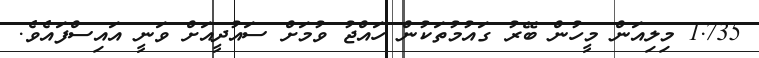
1.735 މިލިއަން މީހުން ބޭރު ގައުމުތަކުން ހައްޖު ވުމަށް ސައުދީއަށް ވަނީ އައިސްފައެވެ.